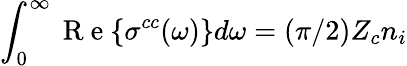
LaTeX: \int_{0}^{\infty}\mathrm{~R~e~}\{ \sigma^{cc}(\omega)\} d\omega=(\pi/2)Z_{c}n_{i}